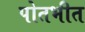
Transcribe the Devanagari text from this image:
पोतभीत